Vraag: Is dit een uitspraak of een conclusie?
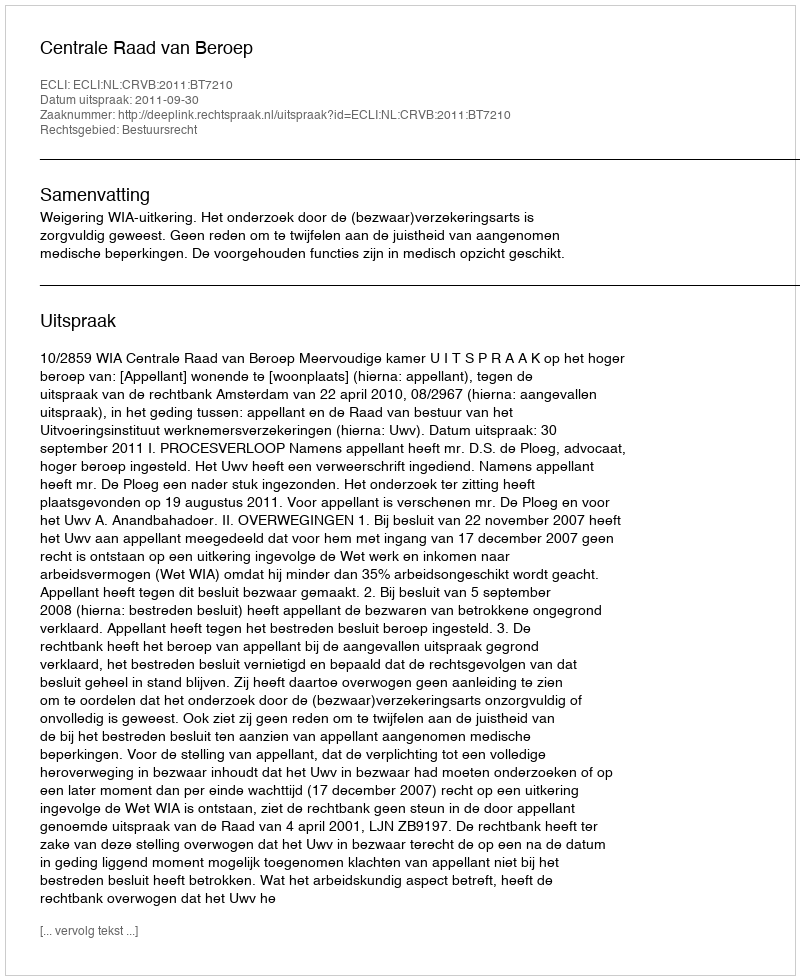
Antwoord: Uitspraak